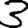
Digit: 3